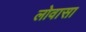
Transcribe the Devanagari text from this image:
लोवासा